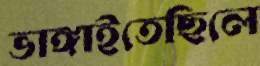
ভাঙ্গাইতেছিলে